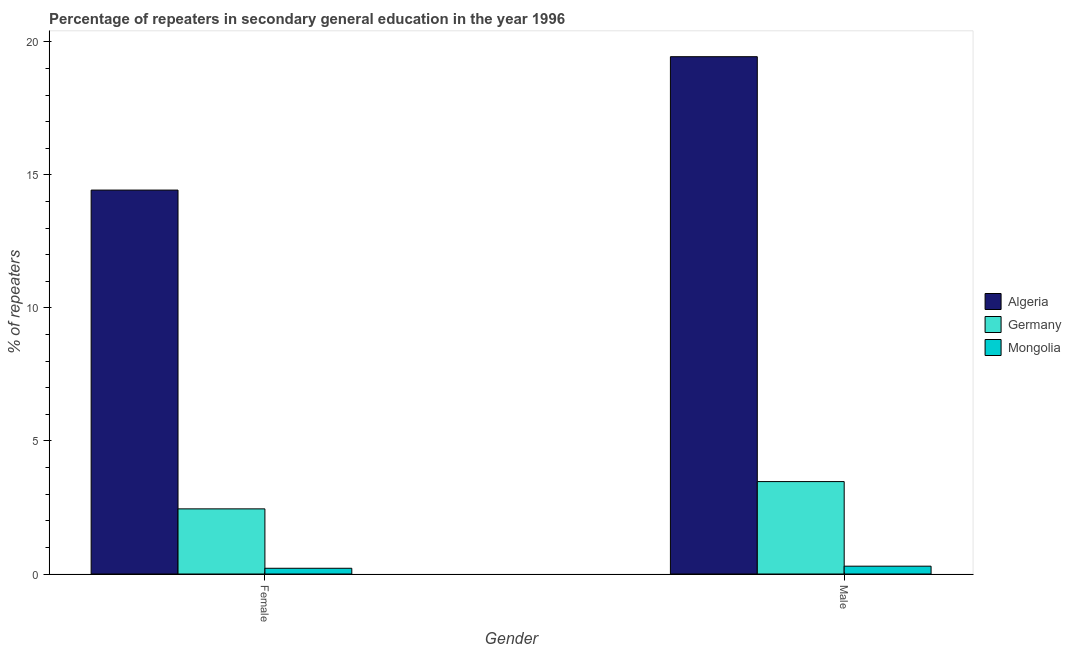
| Gender | Algeria | Germany | Mongolia |
 | --- | --- | --- | --- |
 | Female | 14.4 | 2.45 | 0.216 |
 | Male | 19.4 | 3.47 | 0.294 |